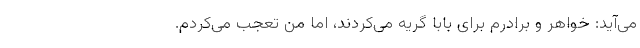
می‌آید: خواهر و برادرم برای بابا گریه می‌کردند، اما من تعجب می‌کردم.